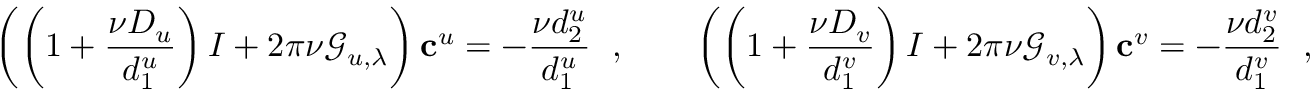
\left( \left( 1 + \frac { \nu D _ { u } } { d _ { 1 } ^ { u } } \right) I + 2 \pi \nu \mathcal { G } _ { u , \lambda } \right) { \bf c } ^ { u } = - \frac { \nu d _ { 2 } ^ { u } } { d _ { 1 } ^ { u } } \, { \bf \xi } \, , \qquad \left( \left( 1 + \frac { \nu D _ { v } } { d _ { 1 } ^ { v } } \right) I + 2 \pi \nu \mathcal { G } _ { v , \lambda } \right) { \bf c } ^ { v } = - \frac { \nu d _ { 2 } ^ { v } } { d _ { 1 } ^ { v } } \, { \bf \zeta } \, ,